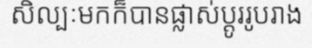
សិល្បៈមកក៏បានផ្លាស់ប្តូររូបរាង